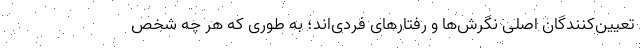
تعیین‌کنندگان اصلی نگرش‌ها و رفتارهای فردی‌اند؛ به طوری که هر چه شخص